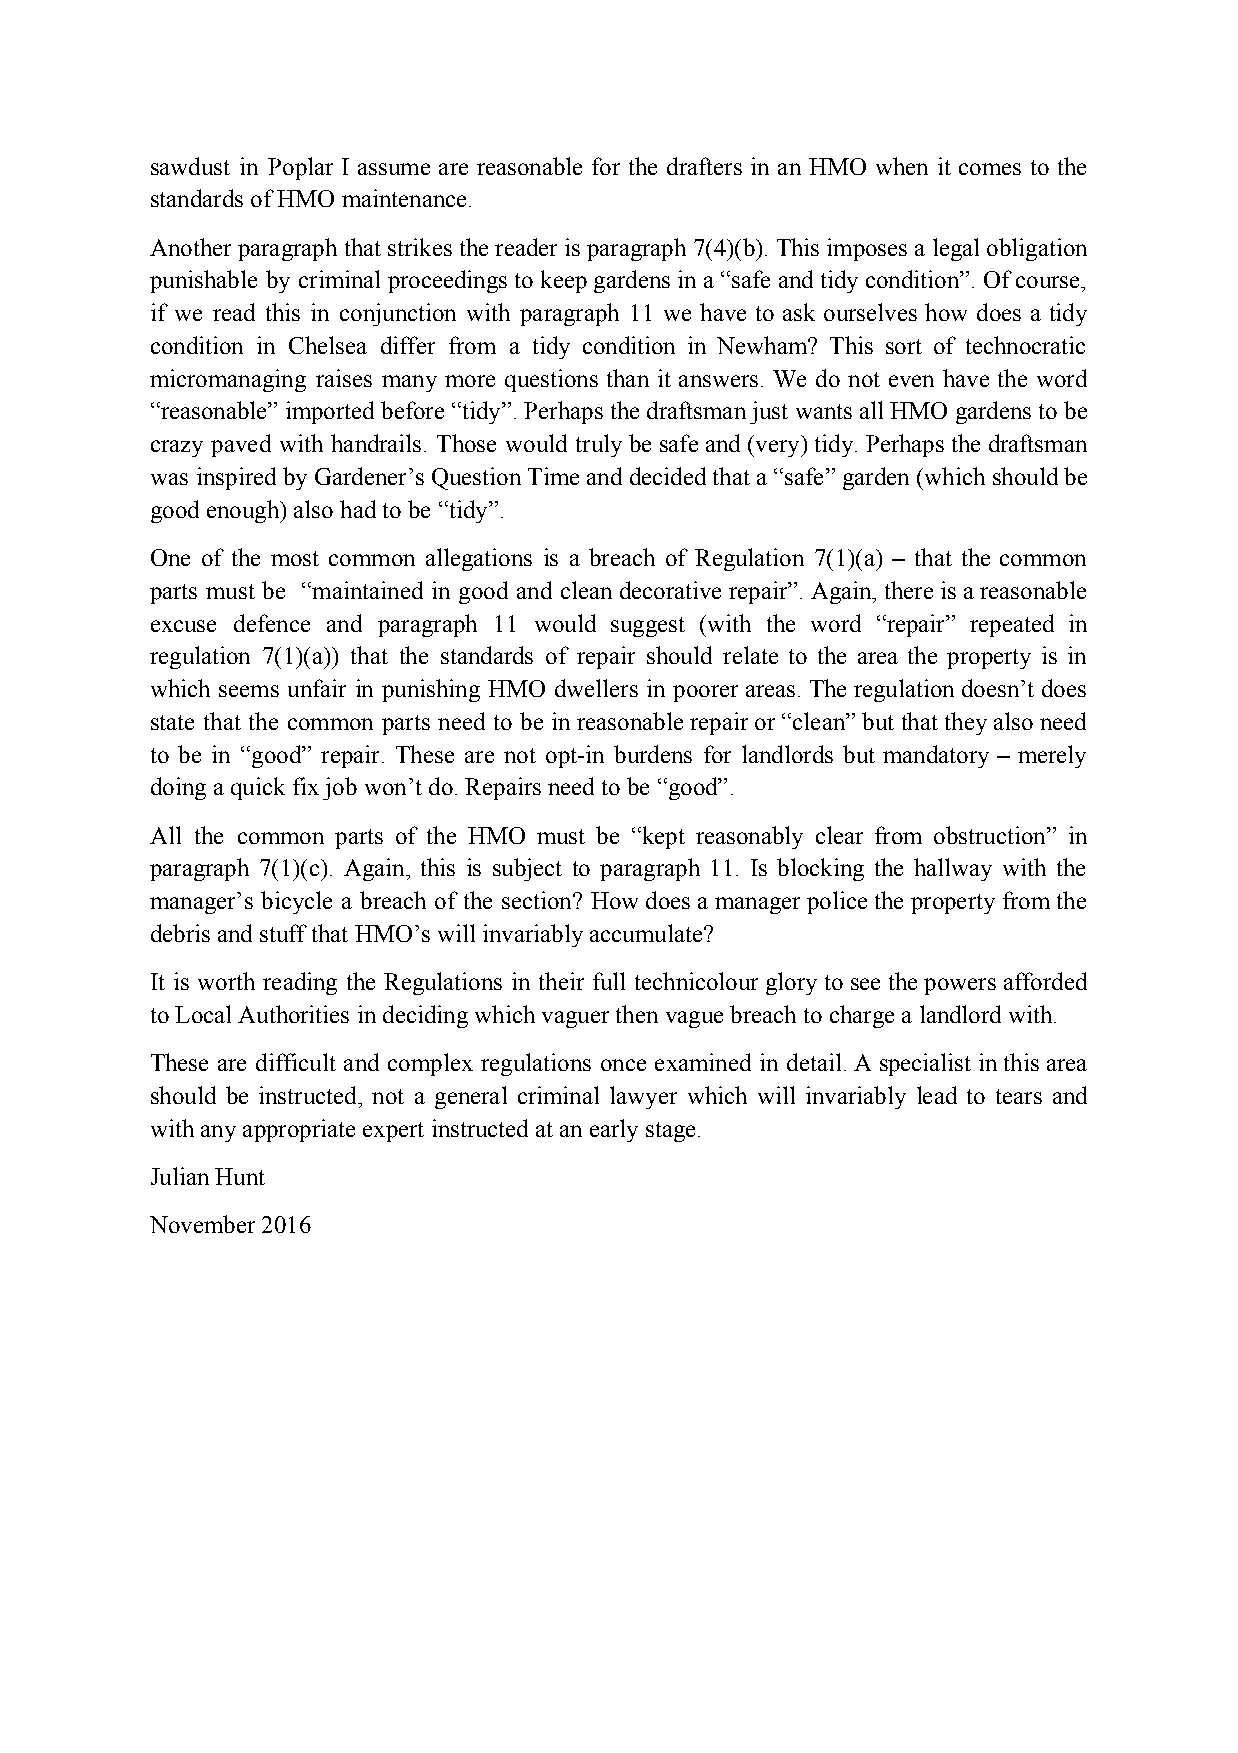
sawdust in Poplar I assume are reasonable for the drafters in an HMO when it comes to the
 standards of HMO maintenance.
 Another paragraph that strikes the reader is paragraph 7(4)(b). This imposes a legal obligation
 punishable by criminal proceedings to keep gardens in a “safe and tidy condition”. Of course,
 if we read this in conjunction with paragraph 11 we have to ask ourselves how does a tidy
 condition in Chelsea differ from a tidy condition in Newham? This sort of technocratic
 micromanaging raises many more questions than it answers. We do not even have the word
 “reasonable” imported before “tidy”. Perhaps the draftsman just wants all HMO gardens to be
 crazy paved with handrails. Those would truly be safe and (very) tidy. Perhaps the draftsman
 was inspired by Gardener’s Question Time and decided that a “safe” garden (which should be
 good enough) also had to be “tidy”.
 One of the most common allegations is a breach of Regulation 7(1)(a) – that the common
 parts must be “maintained in good and clean decorative repair”. Again, there is a reasonable
 ​
 excuse defence and paragraph 11 would suggest (with the word “repair” repeated in
 regulation 7(1)(a)) that the standards of repair should relate to the area the property is in
 which seems unfair in punishing HMO dwellers in poorer areas. The regulation doesn’t does
 state that the common parts need to be in reasonable repair or “clean” but that they also need
 to be in “good” repair. These are not opt-in burdens for landlords but mandatory – merely
 doing a quick fix job won’t do. Repairs need to be “good”.
 All the common parts of the HMO must be “kept reasonably clear from obstruction” in
 paragraph 7(1)(c). Again, this is subject to paragraph 11. Is blocking the hallway with the
 manager’s bicycle a breach of the section? How does a manager police the property from the
 debris and stuff that HMO’s will invariably accumulate?
 It is worth reading the Regulations in their full technicolour glory to see the powers afforded
 to Local Authorities in deciding which vaguer then vague breach to charge a landlord with.
 These are difficult and complex regulations once examined in detail. A specialist in this area
 should be instructed, not a general criminal lawyer which will invariably lead to tears and
 with any appropriate expert instructed at an early stage.
 Julian Hunt
 November 2016